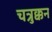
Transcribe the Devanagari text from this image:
चत्रुक्कन